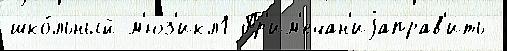
шко́льный м'юз'икл1 Пр'им'ечан'иjаправ'ить